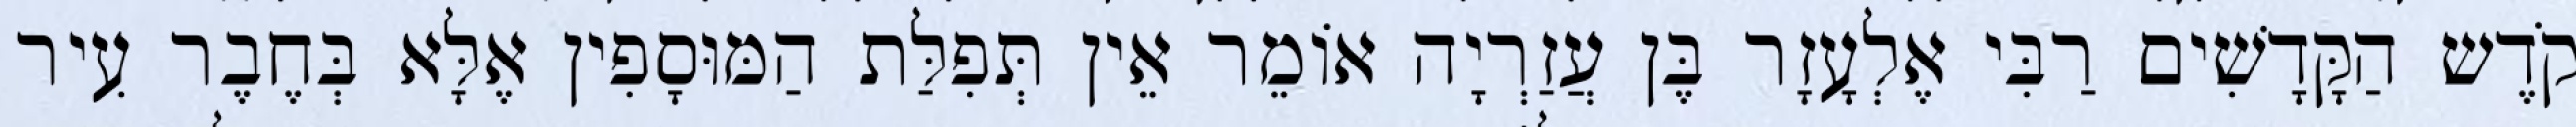
קֹדֶש הַקָּדָשִׁים רַבִּי אֶלְעָזָר בֶּן עֲזַרְיָה אוֹמֵר אֵין תְּפִלַּת הַמּוּסָפִין אֶלָּא בְּחֶבֶר עִיר